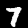
Digit: 7